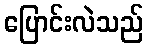
ပြောင်းလဲသည်